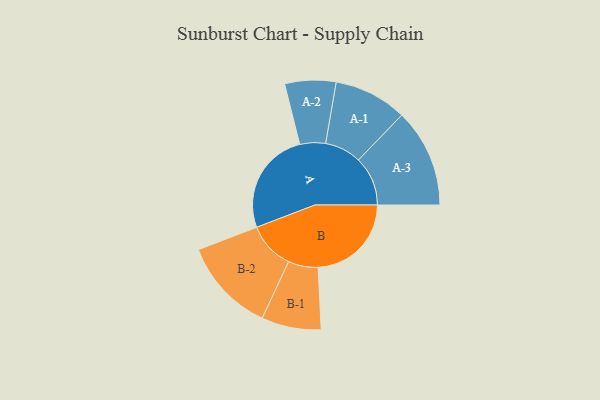
{"axis": {"x": "Segment", "y": "Value"}, "legend": ["", "A", "B"], "data": [{"x": "A", "y": 490, "type": ""}, {"x": "B", "y": 441, "type": ""}, {"x": "A-1", "y": 173, "type": "A"}, {"x": "A-2", "y": 121, "type": "A"}, {"x": "A-3", "y": 233, "type": "A"}, {"x": "B-1", "y": 141, "type": "B"}, {"x": "B-2", "y": 223, "type": "B"}]}